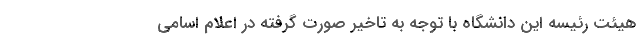
هیئت رئیسه این دانشگاه با توجه به تاخیر صورت گرفته در اعلام اسامی